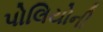
પોલિયોની